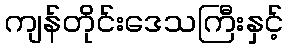
ကျန်တိုင်းဒေသကြီးနှင့်